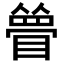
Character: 𥊃